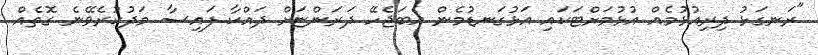
"ރަނގަޅު ދިރިއުޅުމެއް އުޅުމަށްޓަކައި އަޅުގަނޑުމެން އެބަޖެހޭ ދަރަންޏަށް ދައްކާ ފައިސާ މަދުކުރެވޭނެ ގޮތެއް